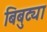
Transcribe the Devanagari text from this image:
बिबुट्या